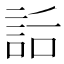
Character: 𧦶